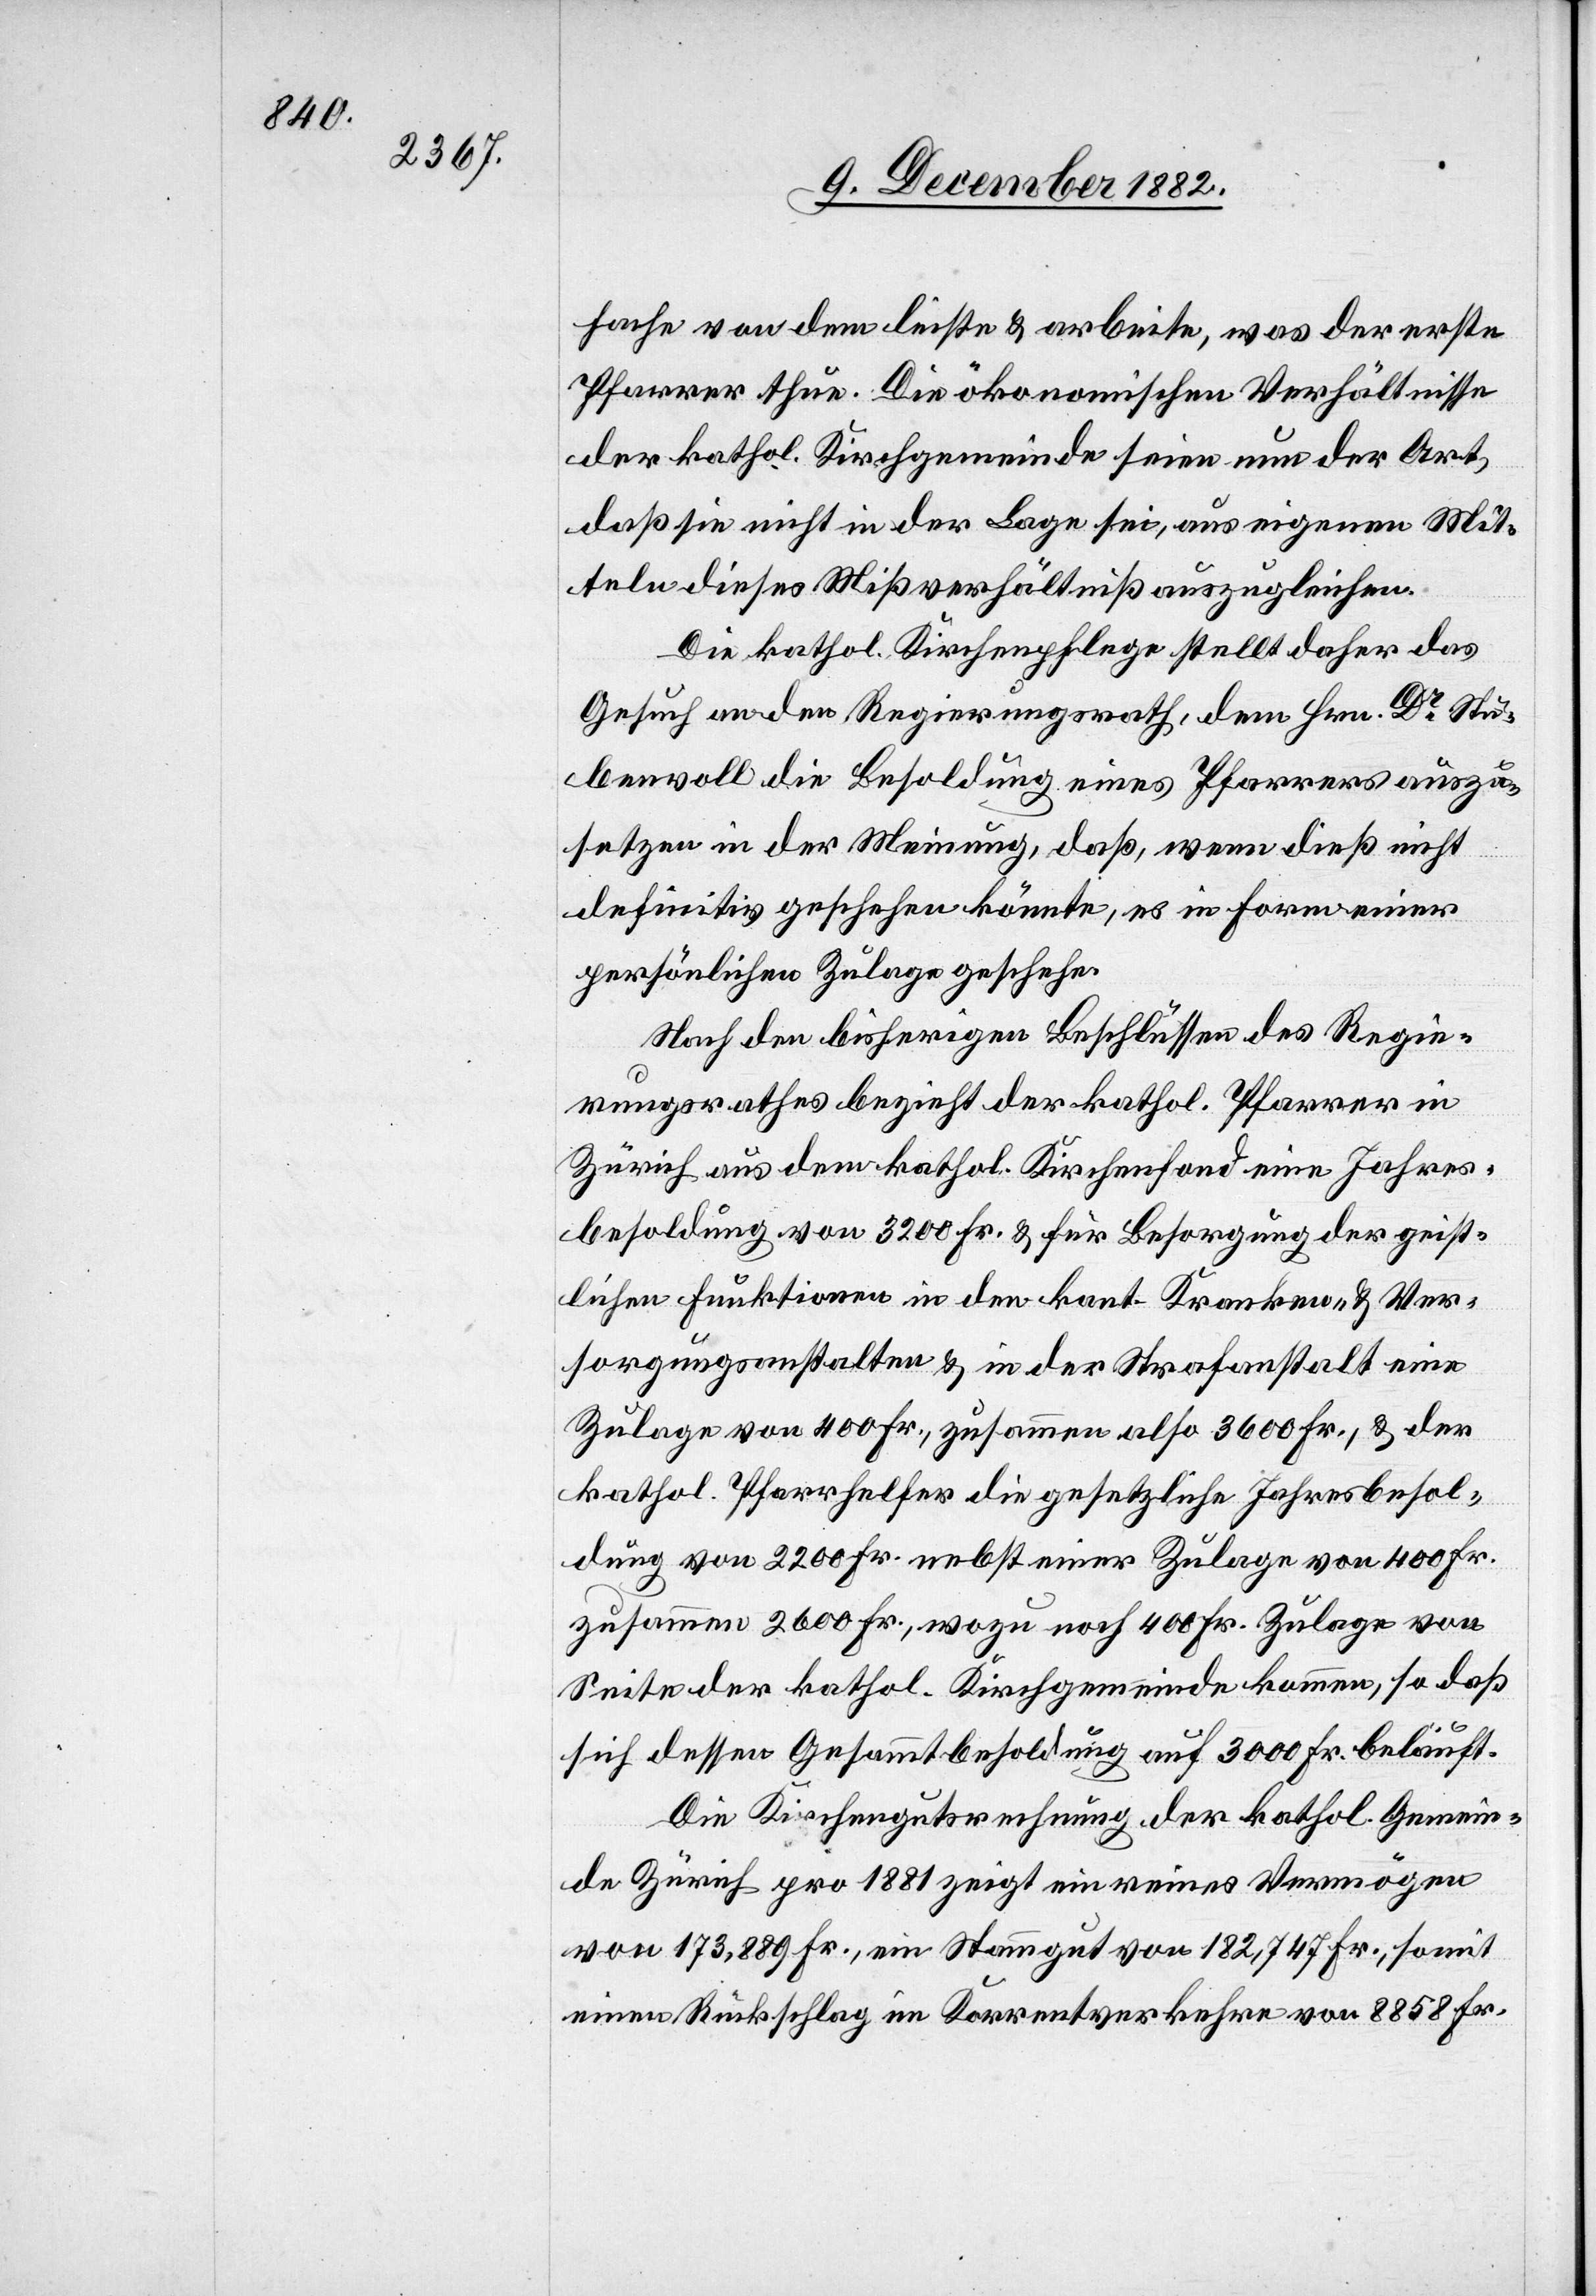
fache von dem leiste & arbeite, was der erste
Pfarrer thue. Die ökonomischen Verhältnisse
der kathol Kirchgemeinde seien nun der Art,
daß sie nicht in der Lage sei, aus eigenen Mit¬
teln dieses Mißverhältniß auszugleichen.
Die kathol. Kirchenpflege stellt daher das
Gesuch an den Regierungsrath, dem Hrn. Dr Stu¬
benwoll die Besoldung eines Pfarrers auszu¬
setzen in der Meinung, daß, wenn dieß nicht
definitiv geschehen könnte, es in Form einer
persönlichen Zulage geschehe.
Nach den bisherigen Beschlüssen des Regie¬
rungsrathes bezieht der kathol. Pfarrer in
Zürich aus dem kathol. Kirchenfond eine Jahres¬
besoldung von 3200 Fr. & für Besorgung der geist¬
lichen Funktionen in den kant. Kranken- & Ver¬
sorgungsanstalten & in der Strafanstalt eine
Zulage von 400 Fr., zusammen also 3600 Fr., & der
kathol. Pfarrhelfer die gesetzliche Jahresbesol¬
dung von 2200 Fr. nebst einer Zulage von 400 Fr.
zusammen 2600 Fr., wozu noch 400 Fr. Zulage von
Seite der kathol. Kirchgemeinde kommen, so daß
sich dessen Gesammtbesoldung auf 3000 Fr. beläuft.
Die Kirchengutsrechnung der kathol. Gemein¬
de Zürich pro 1881 zeigt ein reines Vermögen
von 173,889 Fr., ein Stammgut von 182,747 Fr., somit
einen Rückschlag im Korrentverkehre von 8858 Fr.